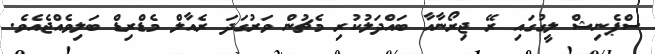
ސްޕެނިޝް ލީގުގައި ރޭ ޖިރޯނާއާ ބައްދަލުކުރި މެޗުން ވަރުގަދަ ރެއާލް މެޑްރިޑް ބަލިވެއްޖެއެވެ.